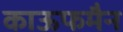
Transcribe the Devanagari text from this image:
काऊफमैन